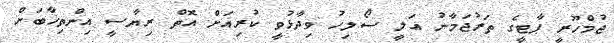
ޖުމްހޫރީ ޕާޓީގެ ތަރުޖަމާނު އަލީ ސޯލިހު ވިދާޅުވީ ކުރިއަށް އޮތް ރިޔާސީ އިންތިޚާބަށް